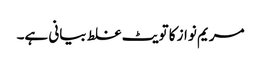
مریم نواز کا تویٹ غلط بیانی ہے۔